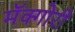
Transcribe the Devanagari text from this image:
मॅक्गोरी